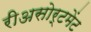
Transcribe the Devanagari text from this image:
रीअसोर्टमेंट